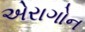
એરાગોન